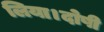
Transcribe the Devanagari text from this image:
लिया।दोषी